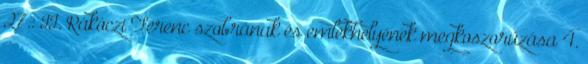
27.: II. Rákóczi Ferenc szobrának és emlékhelyének megkoszorúzása 4.